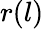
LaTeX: r(l)